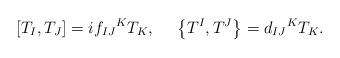
LaTeX: \begin{align*}\left[ T_{I},T_{J}\right]=i{f_{IJ}}^KT_{K}, \ \ \ \ \left\{ T^{I},T^{J}\right\}= {d_{IJ}}^KT_{K}. \end{align*}